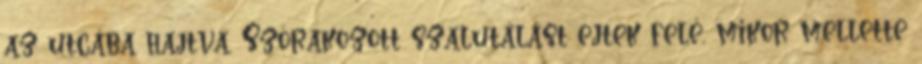
az utcába hajtva. Szórakozott szalutálást ejtek felé, mikor mellette